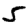
Digit: 5